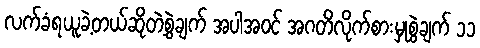
လက်ခံရယူခဲ့တယ်ဆိုတဲ့စွဲချက် အပါအဝင် အဂတိလိုက်စားမှုစွဲချက် ၁၁